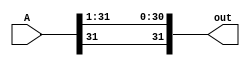
module SRA_1bit(A, out);
	input [31:0] A;
	output [31:0] out; 

	assign out[30:0] = A[31:1];
	assign out[31] = A[31]; 

endmodule